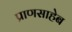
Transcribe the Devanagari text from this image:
प्राणसाहेब